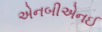
એનબીએનઈ